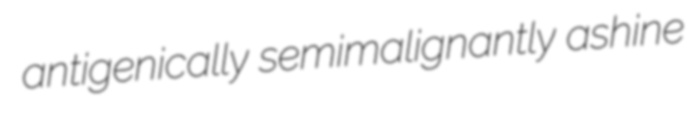
antigenically semimalignantly ashine